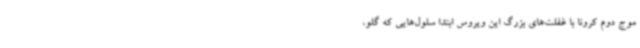
موج دوم کرونا با غفلت‌های بزرگ این ویروس ابتدا سلول‌هایی که گلو،